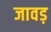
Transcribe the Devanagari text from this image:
जावड़